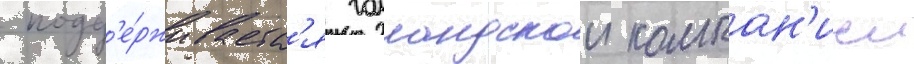
 подд'е́рживаетс'я голландскои компан'иеи